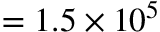
= 1 . 5 \times 1 0 ^ { 5 }